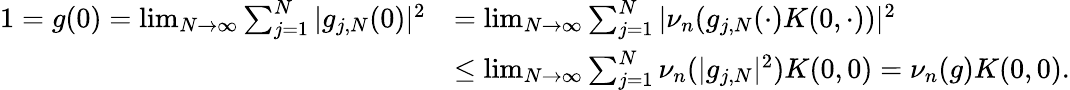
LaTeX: \begin{array}{rl}{1=g(0)=\operatorname*{lim}_{N\to\infty}\sum_{j=1}^{N}|g_{j,N}(0)|^{2}}&{=\operatorname*{lim}_{N\to\infty}\sum_{j=1}^{N}|\nu_{n}(g_{j,N}(\cdot)K(0,\cdot))|^{2}}\\ &{\leq\operatorname*{lim}_{N\to\infty}\sum_{j=1}^{N}\nu_{n}(|g_{j,N}|^{2})K(0,0)=\nu_{n}(g)K(0,0).}\end{array}